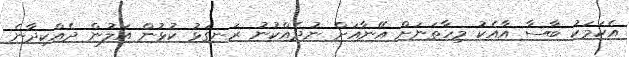
އެކަމަކު ބާސާ އާއެކު މިހާތަނަށް އޭނާއަށް ނުދެއްކުނު ރަނގަޅު ކުޅުން އަލުން ދެއްކިދާނެ